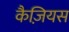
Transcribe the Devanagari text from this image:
कैज़ियस